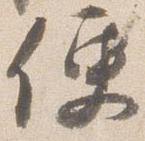
便